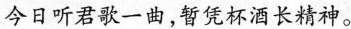
今日听君歌一曲，暂凭杯酒长精神。